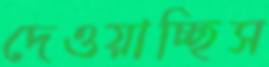
দেওয়াচ্ছিস